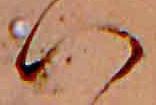
ハ